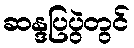
ဆန္ဒပြပွဲတွင်